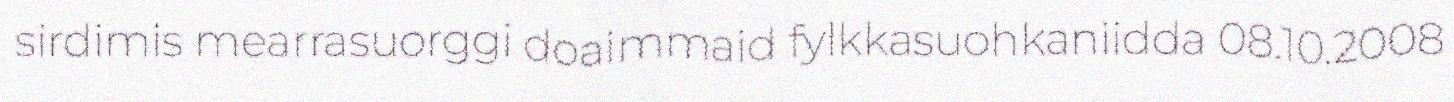
sirdimis mearrasuorggi doaimmaid fylkkasuohkaniidda 08.10.2008